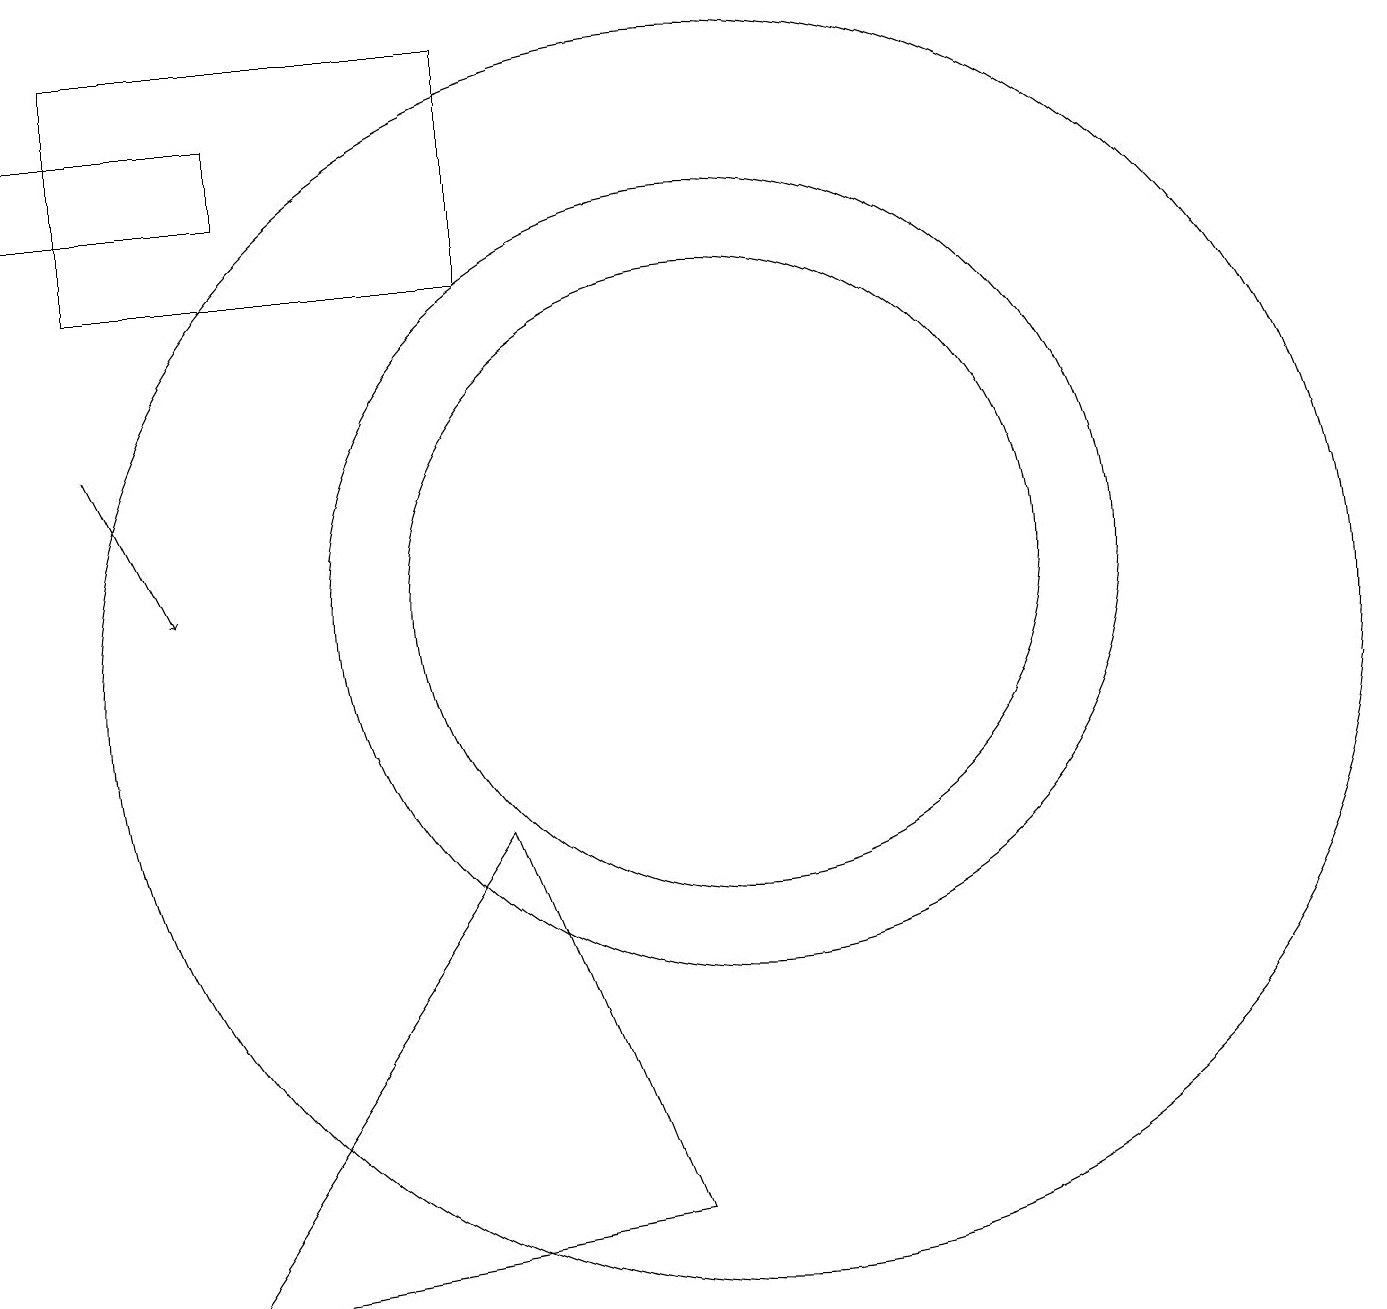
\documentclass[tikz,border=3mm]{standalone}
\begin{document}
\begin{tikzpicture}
\draw (10,11) circle (4);
\draw (1,17) rectangle (4,16);
\draw[->] (2,13) -- (3,11);
\draw (2,18) rectangle (7,15);
\draw (9,3) -- (7,8) -- (3,2) -- cycle;
\draw (10,11) circle (5);
\draw (10,10) circle (8);
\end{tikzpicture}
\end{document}